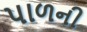
પાળની